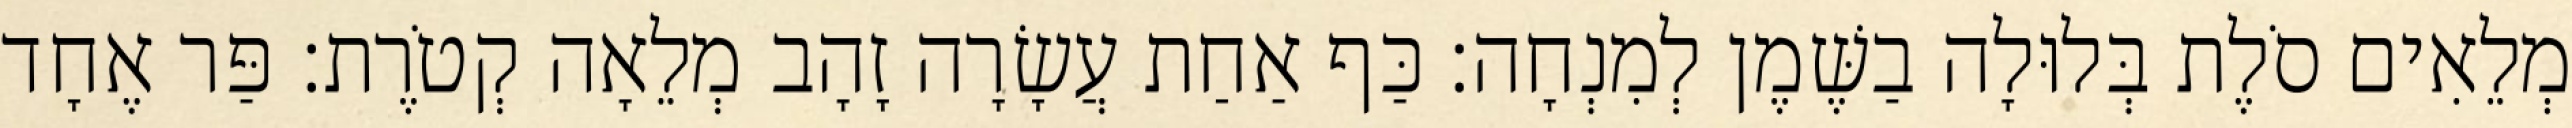
מְלֵאִים סֹלֶת בְּלוּלָה בַשֶּׁמֶן לְמִנְחָה׃ כַּף אַחַת עֲשָׂרָה זָהָב מְלֵאָה קְטֹרֶת׃ פַּר אֶחָד